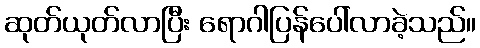
ဆုတ်ယုတ်လာပြီး ရောဂါပြန်ပေါ်လာခဲ့သည်။